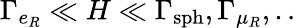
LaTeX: \Gamma_{e_{R}}\ll H\ll\Gamma_{\mathrm{sph}},\Gamma_{\mu_{R}},..